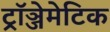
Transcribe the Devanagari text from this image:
ट्रॉञ्जेमेटिक